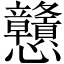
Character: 戇